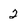
Character: 2